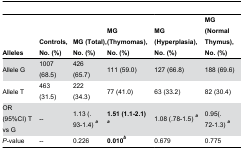
<table><thead><tr><td><b>Alleles</b></td><td><b>Controls, No. (%)</b></td><td><b>MG (Total), No. (%)</b></td><td><b>MG (Thymomas), No. (%)</b></td><td><b>MG (Hyperplasia), No. (%)</b></td><td><b>MG (Normal Thymus), No. (%)</b></td></tr></thead><tbody><tr><td>Allele G</td><td>1007 (68.5) </td><td>426 (65.7)</td><td>111 (59.0)</td><td>127 (66.8)</td><td>188 (69.6)</td></tr><tr><td>Allele T</td><td>463 (31.5) </td><td>222 (34.3)</td><td>77 (41.0)</td><td>63 (33.2)</td><td>82 (30.4)</td></tr><tr><td>OR (95%CI) T vs G</td><td>--</td><td>1.13 (.93-1.4) <b><sup><i>a</i></sup></b></td><td><b>1.51 (1.1-2.1) <sup><i>a</i></sup></b></td><td>1.08 (.78-1.5) <b><sup><i>a</i></sup></b></td><td>0.95(.72-1.3) <b><sup><i>a</i></sup></b></td></tr><tr><td><i>P</i>-value</td><td>--</td><td>0.226</td><td><b>0.010<sup><i>b</i></sup></b></td><td>0.679</td><td>0.775</td></tr></tbody></table>